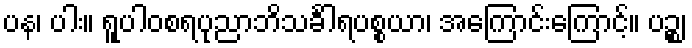
ပန၊ ပါး။ ရူပါဝစရပုညာဘိသင်္ခါရပစ္စယာ၊ အကြောင်းကြောင့်။ ပဉ္စ၊